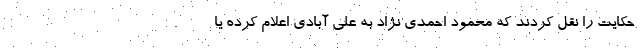
حکایت را نقل کردند که محمود احمدی نژاد به علی آبادی اعلام کرده یا